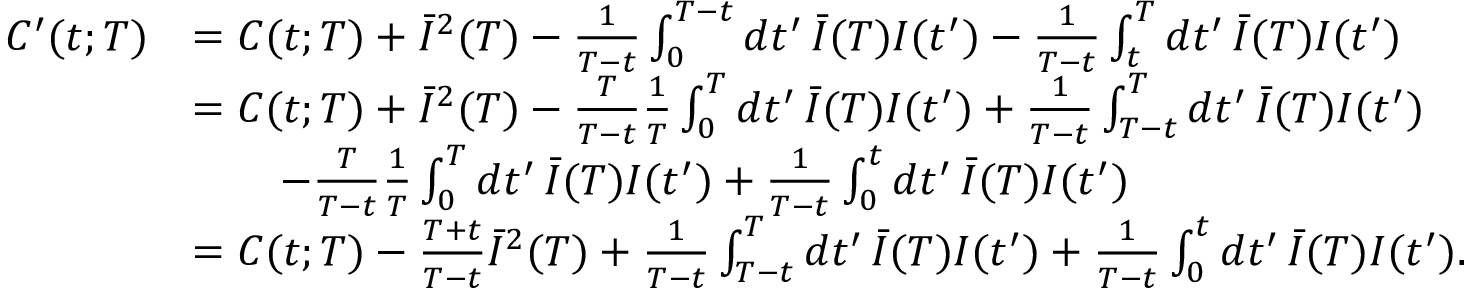
\begin{array} { r l } { C ^ { \prime } ( t ; T ) } & { = C ( t ; T ) + \bar { I } ^ { 2 } ( T ) - \frac { 1 } { T - t } \int _ { 0 } ^ { T - t } d t ^ { \prime } \, \bar { I } ( T ) I ( t ^ { \prime } ) - \frac { 1 } { T - t } \int _ { t } ^ { T } d t ^ { \prime } \, \bar { I } ( T ) I ( t ^ { \prime } ) } \\ & { = C ( t ; T ) + \bar { I } ^ { 2 } ( T ) - \frac { T } { T - t } \frac { 1 } { T } \int _ { 0 } ^ { T } d t ^ { \prime } \, \bar { I } ( T ) I ( t ^ { \prime } ) + \frac { 1 } { T - t } \int _ { T - t } ^ { T } d t ^ { \prime } \, \bar { I } ( T ) I ( t ^ { \prime } ) } \\ & { \qquad - \frac { T } { T - t } \frac { 1 } { T } \int _ { 0 } ^ { T } d t ^ { \prime } \, \bar { I } ( T ) I ( t ^ { \prime } ) + \frac { 1 } { T - t } \int _ { 0 } ^ { t } d t ^ { \prime } \, \bar { I } ( T ) I ( t ^ { \prime } ) } \\ & { = C ( t ; T ) - \frac { T + t } { T - t } \bar { I } ^ { 2 } ( T ) + \frac { 1 } { T - t } \int _ { T - t } ^ { T } d t ^ { \prime } \, \bar { I } ( T ) I ( t ^ { \prime } ) + \frac { 1 } { T - t } \int _ { 0 } ^ { t } d t ^ { \prime } \, \bar { I } ( T ) I ( t ^ { \prime } ) . } \end{array}